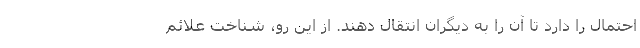
احتمال را دارد تا آن را به دیگران انتقال دهند. از این رو، شناخت علائم